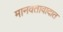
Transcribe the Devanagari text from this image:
मानवतावादात